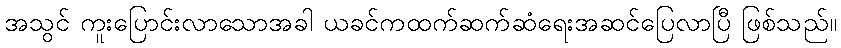
အသွင် ကူးပြောင်းလာသောအခါ ယခင်ကထက်ဆက်ဆံရေးအဆင်ပြေလာပြီ ဖြစ်သည်။